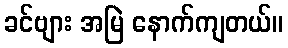
ခင်ဗျား အမြဲ နောက်ကျတယ်။